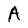
Character: A